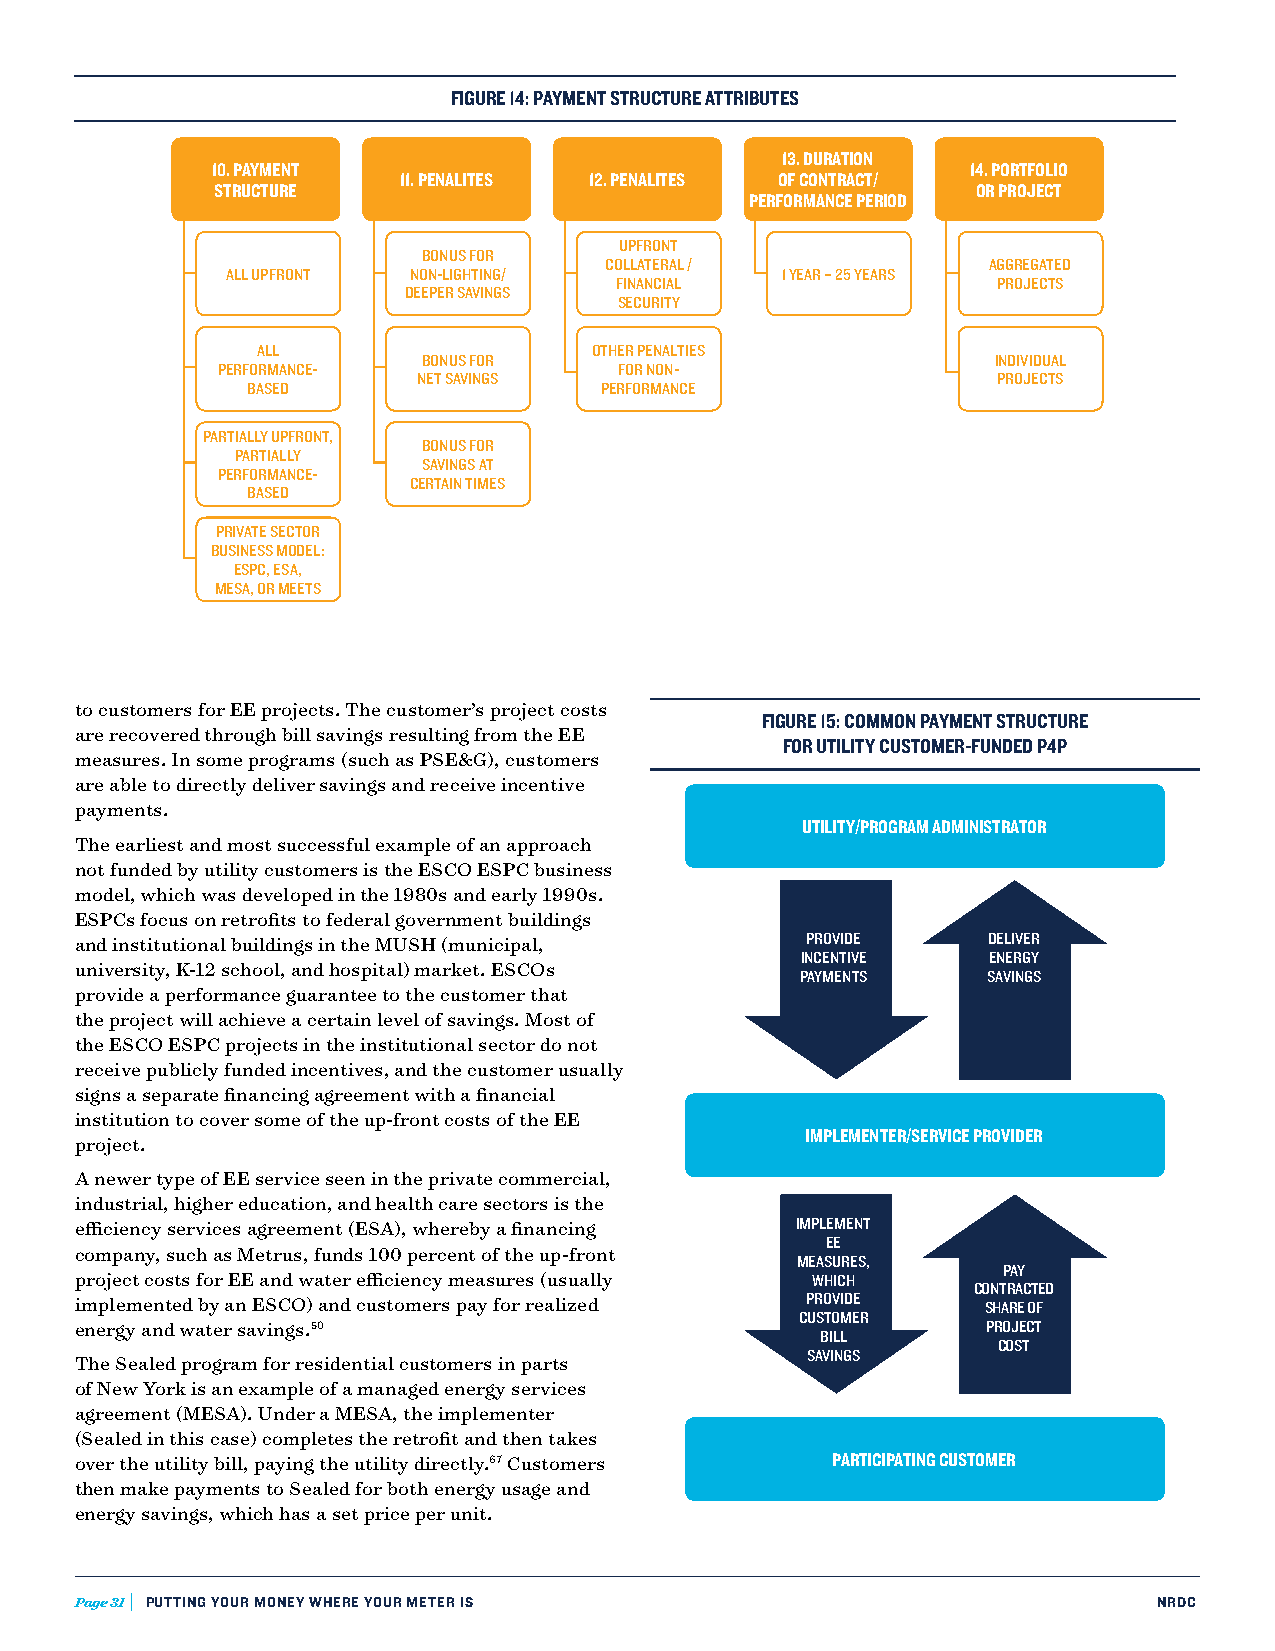
FIGURE 14: PAYMENT STRUCTURE ATTRIBUTES
 13. DURATION
 10. PAYMENT                                       14. PORTFOLIO
 11. PENALITES 12. PENALITES OF CONTRACT/
 STRUCTURE                                          OR PROJECT
 PERFORMANCE PERIOD
 UPFRONT
 BONUS FOR
 COLLATERAL /             AGGREGATED
 ALL UPFRONT NON-LIGHTING/            1 YEAR – 25 YEARS
 FINANCIAL                PROJECTS
 DEEPER SAVINGS
 SECURITY
 ALL                   OTHER PENALTIES
 BONUS FOR                             INDIVIDUAL
 PERFORMANCE-               FOR NON-
 NET SAVINGS                           PROJECTS
 BASED                   PERFORMANCE
 PARTIALLY UPFRONT,
 BONUS FOR
 PARTIALLY
 SAVINGS AT
 PERFORMANCE-
 CERTAIN TIMES
 BASED
 PRIVATE SECTOR
 BUSINESS MODEL:
 ESPC, ESA,
 MESA, OR MEETS
 to customers for EE projects. The customer’s project costs
 FIGURE 15: COMMON PAYMENT STRUCTURE
 are recovered through bill savings resulting from the EE
 FOR UTILITY CUSTOMER-FUNDED P4P
 measures. In some programs (such as PSE&G), customers
 are able to directly deliver savings and receive incentive
 payments.
 UTILITY/PROGRAM ADMINISTRATOR
 The earliest and most successful example of an approach
 not funded by utility customers is the ESCO ESPC business
 model, which was developed in the 1980s and early 1990s.
 ESPCs focus on retrofits to federal government buildings
 and institutional buildings in the MUSH (municipal, PROVIDE DELIVER
 INCENTIVE   ENERGY
 university, K-12 school, and hospital) market. ESCOs
 PAYMENTS    SAVINGS
 provide a performance guarantee to the customer that
 the project will achieve a certain level of savings. Most of
 the ESCO ESPC projects in the institutional sector do not
 receive publicly funded incentives, and the customer usually
 signs a separate financing agreement with a financial
 institution to cover some of the up-front costs of the EE
 IMPLEMENTER/SERVICE PROVIDER
 project.
 A newer type of EE service seen in the private commercial,
 industrial, higher education, and health care sectors is the
 efficiency services agreement (ESA), whereby a financing IMPLEMENT
 EE
 company, such as Metrus, funds 100 percent of the up-front
 MEASURES,
 PAY
 project costs for EE and water efficiency measures (usually WHICH
 CONTRACTED
 implemented by an ESCO) and customers pay for realized PROVIDE SHARE OF
 CUSTOMER
 energy and water savings.50                                 PROJECT
 BILL
 COST
 The Sealed program for residential customers in parts SAVINGS
 of New York is an example of a managed energy services
 agreement (MESA). Under a MESA, the implementer
 (Sealed in this case) completes the retrofit and then takes
 over the utility bill, paying the utility directly.67 Customers PARTICIPATING CUSTOMER
 then make payments to Sealed for both energy usage and
 energy savings, which has a set price per unit.
 Page 31 PUTTING YOUR MONEY WHERE YOUR METER IS                          NRDC